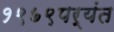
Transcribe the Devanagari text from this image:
१९७९पर्यंत